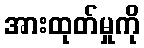
အားထုတ်မှုကို